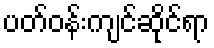
ပတ်ဝန်းကျင်ဆိုင်ရာ